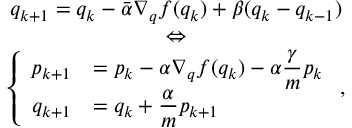
\begin{array} { c } { q _ { k + 1 } = q _ { k } - \bar { \alpha } \nabla _ { q } f ( q _ { k } ) + \beta ( q _ { k } - q _ { k - 1 } ) } \\ { \Leftrightarrow } \\ { \left\{ \begin{array} { r l } { p _ { k + 1 } } & { = \displaystyle p _ { k } - \alpha \nabla _ { q } f ( q _ { k } ) - \alpha \frac { \gamma } { m } p _ { k } } \\ { q _ { k + 1 } } & { = \displaystyle q _ { k } + \frac { \alpha } { m } p _ { k + 1 } } \end{array} \right. , } \end{array}